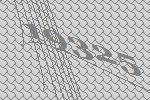
19325